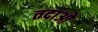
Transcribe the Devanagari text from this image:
तदाओ